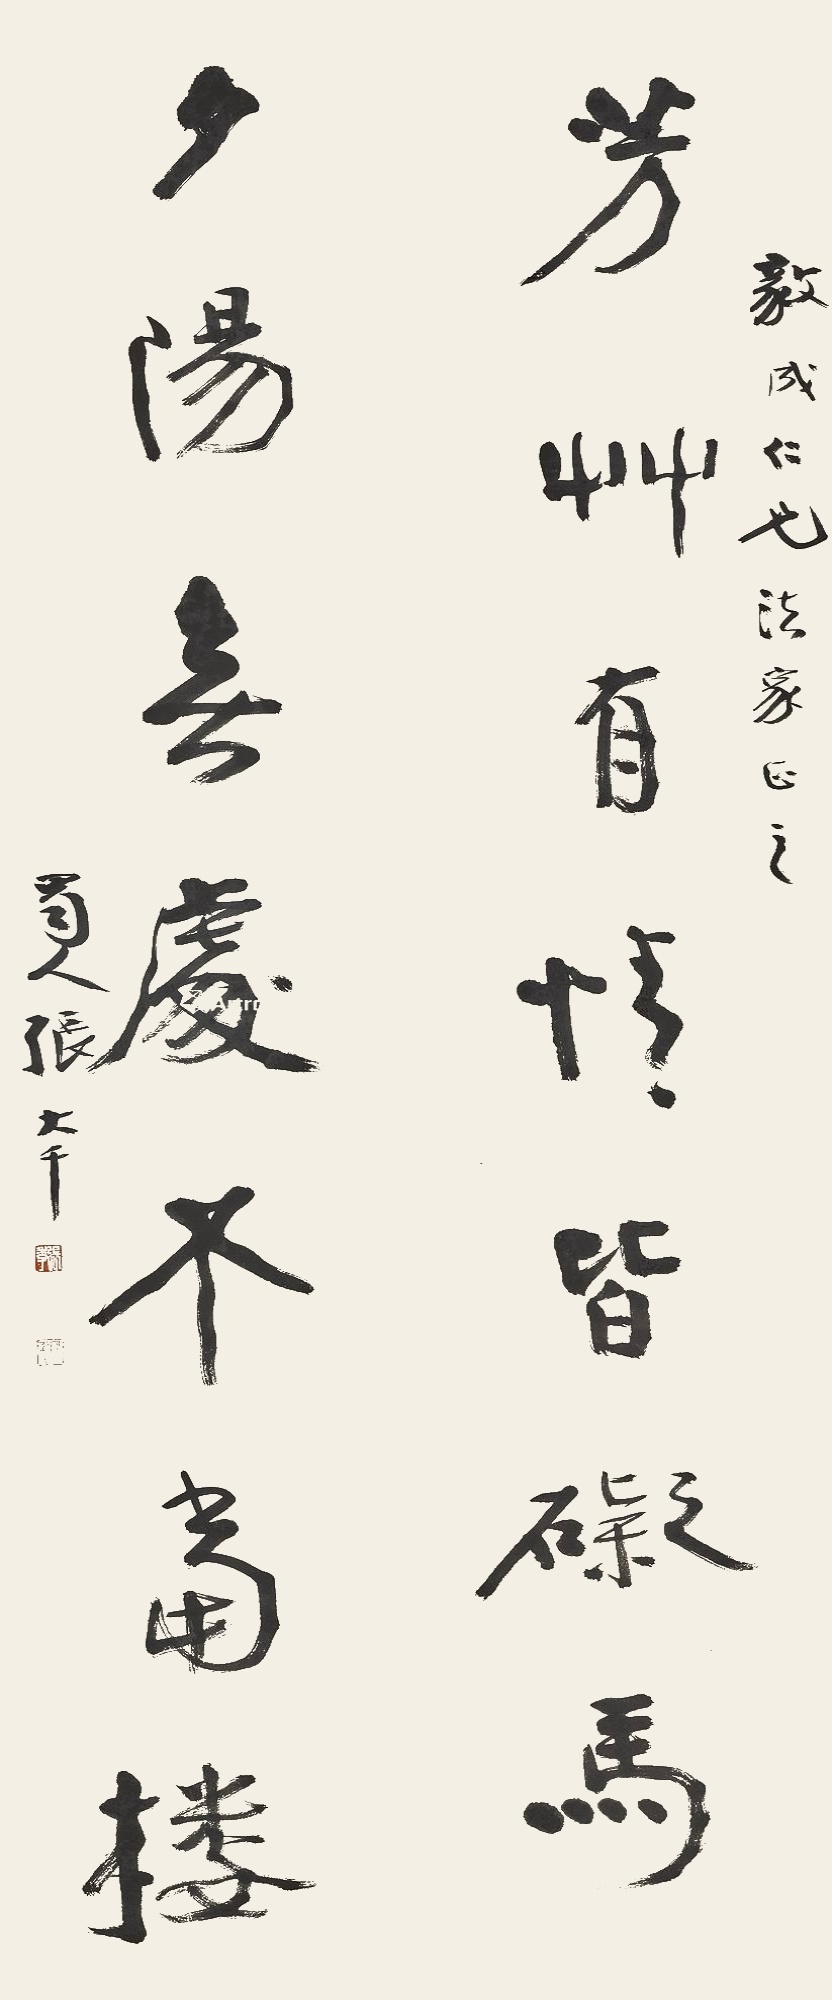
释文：芳草有情皆碍马，夕阳无处不当楼。毅成仁兄法家正之。蜀人张大千。